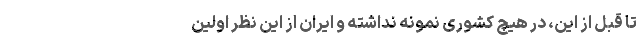
تا قبل از این، در هیچ کشوری نمونه نداشته و ایران از این نظر اولین